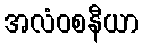
အလံဝစနီယာ